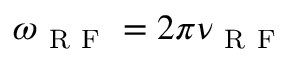
\omega _ { \mathrm { ~ R ~ F ~ } } = 2 \pi \nu _ { \mathrm { ~ R ~ F ~ } }